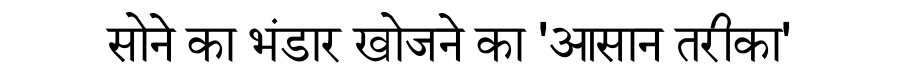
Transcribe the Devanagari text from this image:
सोने का भंडार खोजने का 'आसान तरीका'